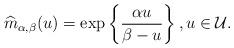
LaTeX: \begin{align*}\widehat{m}_{\alpha,\beta}(u)=\exp\left\lbrace \frac{\alpha u}{\beta-u}\right\rbrace ,u\in\mathcal{U}.\end{align*}